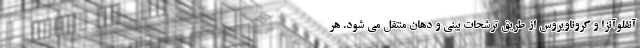
آنفلوآنزا و کروناویروس از طریق ترشحات بینی و دهان منتقل می شود. هر